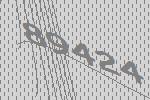
89424